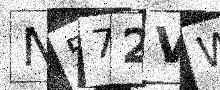
Text: N572VW